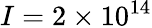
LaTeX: I=2\times{10^{14}}